Standardisation of Calmette's anti-venomous serum with pure cobra venom - Number 1
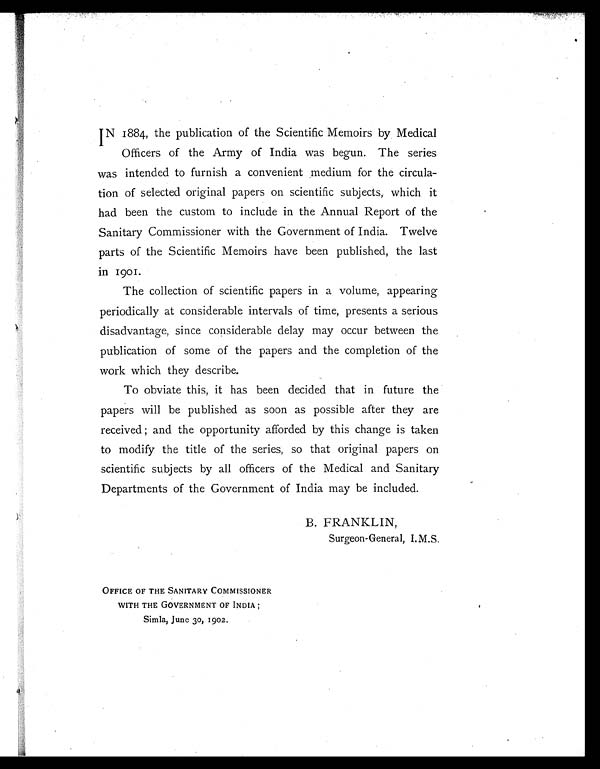
IN 1884, the publication of the Scientific Memoirs by Medical
Officers of the Army of India was begun. The series
was intended to furnish a convenient medium for the circula-
tion of selected original papers on scientific subjects, which it
had been the custom to include in the Annual Report of the
Sanitary Commissioner with the Government of India. Twelve
parts of the Scientific Memoirs have been published, the last
in 1901.
The collection of scientific papers in a volume, appearing
periodically at considerable intervals of time, presents a serious
disadvantage, since considerable delay may occur between the
publication of some of the papers and the completion of the
work which they describe.
To obviate this, it has been decided that in future the
papers will be published as soon as possible after they are
received; and the opportunity afforded by this change is taken
to modify the title of the series, so that original papers on
scientific subjects by all officers of the Medical and Sanitary
Departments of the Government of India may be included.
B. FRANKLIN,
Surgeon-General, I.M.S.
OFFICE OF THE SANITARY COMMISSIONER
WITH THE GOVERNMENT OF INDIA;
Simla, June 30, 1902.